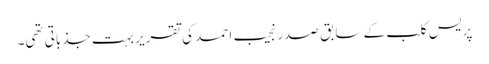
پریس کلب کے سابق صدر نجیب احمد کی تقریر بہت جذباتی تھی۔